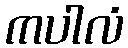
ကပါလံ